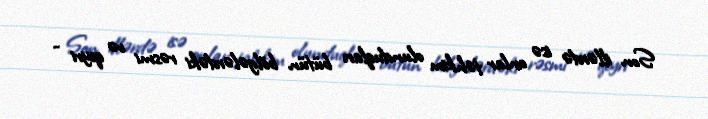
Son illərdə isə onlar təhkim olunduqları bütün bölgələrdəki rəsmi və qeyri -